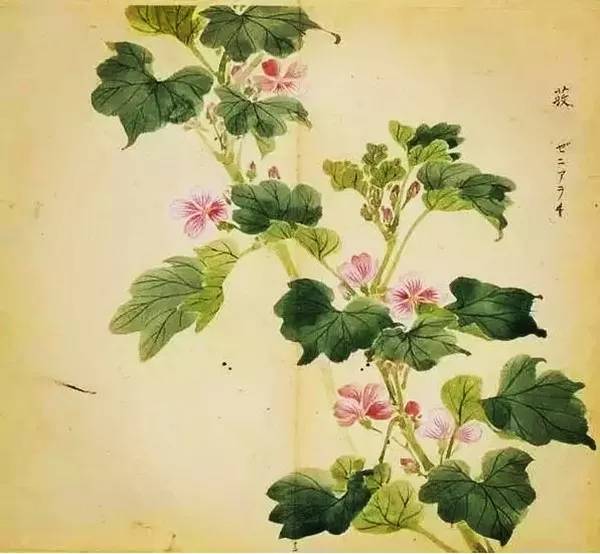
芄兰之叶，童子佩韘。